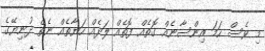
މި ވެސް ހަމަ އިންސާނެއް ގޮތެއް ފޮތެއް ލަދެއް ހަޔާތެއް ނެތް ދުނިޔޭގެ